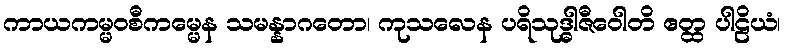
ကာယကမ္မဝစီကမ္မေန သမန္နာဂတော၊ ကုသလေန ပရိသုဒ္ဓါဇီဝေါတိ ဧတ္ထ ပါဠိယံ၊